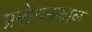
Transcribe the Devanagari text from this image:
प्रबोधनकाळ